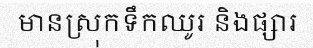
មានស្រុកទឹកឈូរ និងផ្សារ